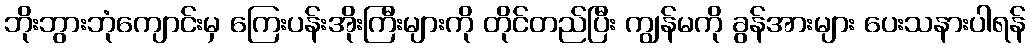
ဘိုးဘွားဘုံကျောင်းမှ ကြေးပန်းအိုးကြီးများကို တိုင်တည်ပြီး ကျွန်မကို ခွန်အားများ ပေးသနားပါရန်